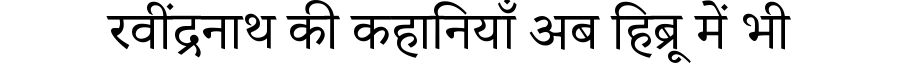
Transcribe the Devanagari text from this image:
रवींद्रनाथ की कहानियाँ अब हिब्रू में भी